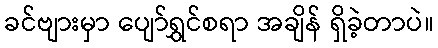
ခင်ဗျားမှာ ပျော်ရွှင်စရာ အချိန် ရှိခဲ့တာပဲ။